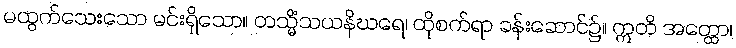
မထွက်သေးသော မင်းရှိသော။ တသ္မိံသယနိဃရေ၊ ထိုစက်ရာ ခန်းဆောင်၌။ ဣတိ အတ္ထော၊